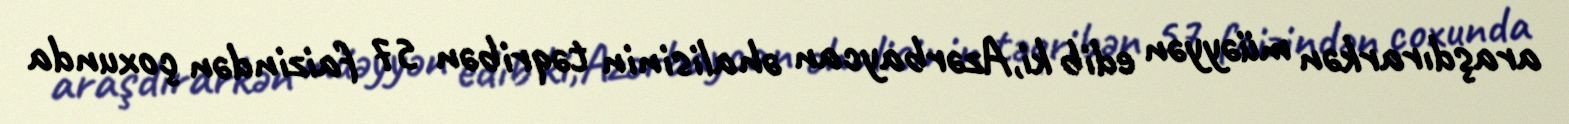
araşdırarkən müəyyən edib ki,Azərbaycan əhalisinin təqribən 57 faizindən çoxunda